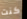
كنت